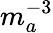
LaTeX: m_{a}^{-3}